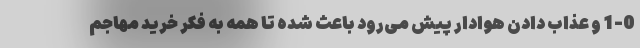
1-0 و عذاب دادن هوادار پیش می‌رود باعث شده تا همه به فکر خرید مهاجم